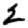
Digit: 2